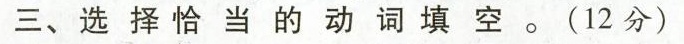
三、选择恰当的动词填空。(12分)